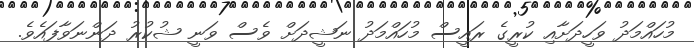
މުހައްމަދު ވަހީދަށާއި ކުރީގެ ރައީސް މުހައްމަދު ނަޝީދަށް ވެސް ވަނީ ޝުކުރު ދަންނަވާފައެވެ.